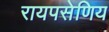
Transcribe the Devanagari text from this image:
रायपसेणिय